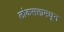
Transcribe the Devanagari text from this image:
लोकसत्तामधून